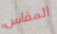
المقاس